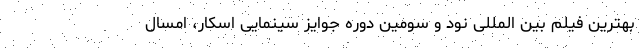
بهترین فیلم بین المللی نود و سومین دوره جوایز سینمایی اسکار، امسال